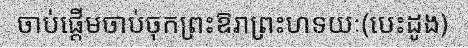
ចាប់ផ្តើមចាប់ចុកព្រះឱរាព្រះហទយៈ(បេះដូង)